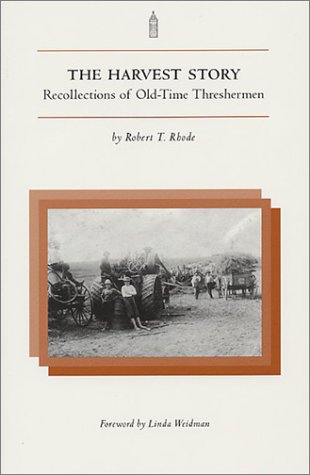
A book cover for The Harvest Story: Recollections of Old-Time Threshermen; Robert T Rhode; Politics & Social Sciences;